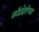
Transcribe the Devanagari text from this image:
कॉर्डाइऐंथस